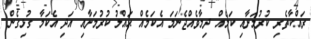
ރައްކާތެރި ކުރުމަށާއި ކަމެއް ދިމާވެއްޖެނަމަ އެކަމެއް ޙައްލު ކުރުމަށާއި އަދި އެކަމާ ގުޅިގެން